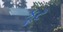
કૂટ